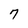
Character: 7